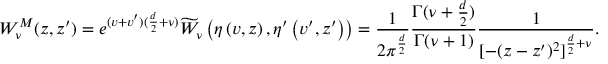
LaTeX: W _ { \nu } ^ { M } ( z , z ^ { \prime } ) = e ^ { ( v + v ^ { \prime } ) ( \frac { d } { 2 } + \nu ) } \widetilde { W } _ { \nu } \left( \eta \left( v , z \right) , \eta ^ { \prime } \left( v ^ { \prime } , z ^ { \prime } \right) \right) = \frac { 1 } { 2 \pi ^ { \frac { d } 2 } } \frac { \Gamma ( \nu + \frac { d } 2 ) } { \Gamma ( \nu + 1 ) } \frac 1 { { [ - ( z - z ^ { \prime } ) ^ { 2 } ] } ^ { \frac { d } 2 + \nu } } .